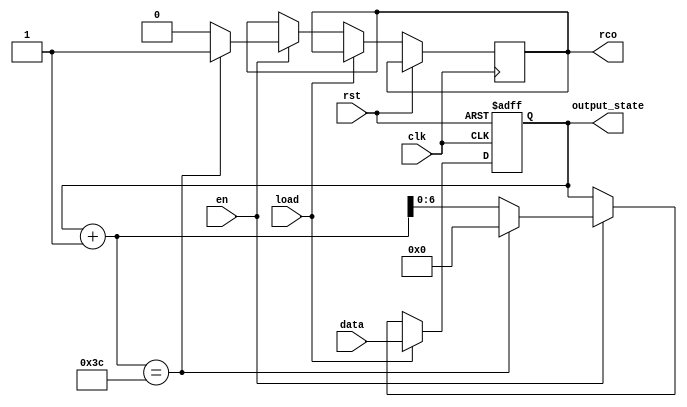
module Counter60 (
    output_state,
    rco,
    rst, en, clk, load,
    data
);
output wire[6:0] output_state;
output reg rco;                 // 
input wire rst, en, clk, load;   // 1- (0-, 1-)1-
input wire[6:0] data;       // 
reg[6:0] state;
always @(posedge clk or posedge rst) begin
    if(rst) begin
        // rst
        state <= 7'b0000000;
    end
    else if(clk) begin
        if(!load) begin 
            if(en) begin
                if(state+1==60) begin 
                    state <= 7'b0000000; 
                    rco = 1;
                end
                else begin 
                    state <= state +1 ; 
                    rco = 0;
                end   // 
            end
            else begin
                state <= state;  // 
            end
        end
        else begin state <= data; end   // 
    end
end
// assign rco = (state == 59 && en == 1 && clk == 1) ? 1 : 0;   (wire rco) , rco
assign output_state = state;
endmodule //Counter60